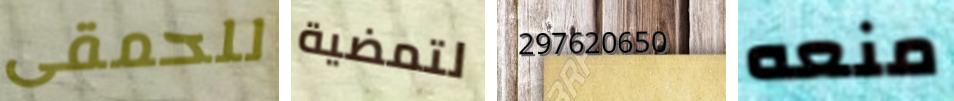
للحمقى لتمضية 297620650 منعه